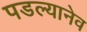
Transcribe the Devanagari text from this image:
पडल्यानेव